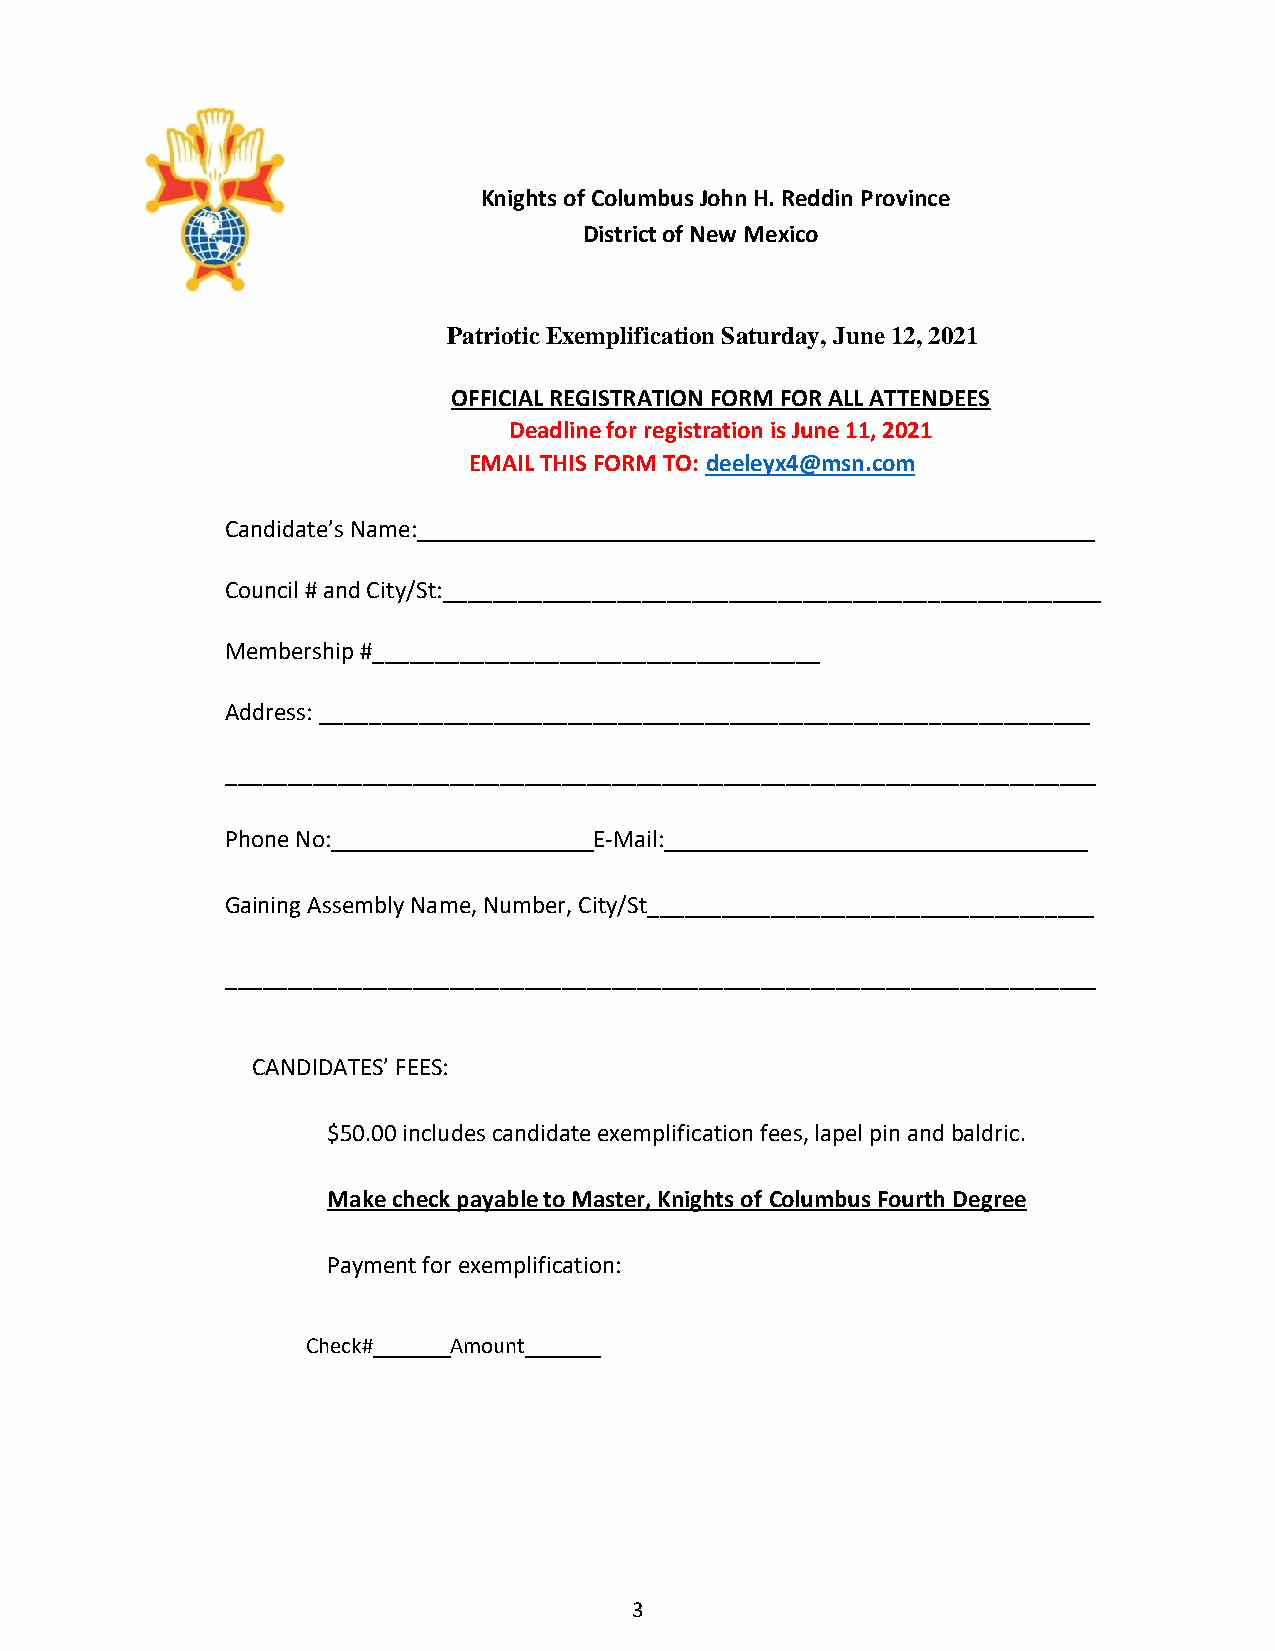
Knights of Columbus John H. Reddin Province
 District of New Mexico
 Patriotic Exemplification Saturday, June 12, 2021
 OFFICIAL REGISTRATION FORM FOR ALL ATTENDEES
 Deadline for registration is June 11, 2021
 EMAIL THIS FORM TO: deeleyx4@msn.com
 Candidate’s Name: ______________________________________________________
 Council # and City/St:_____________________________________________________
 Membership #____________________________________
 Address: ______________________________________________________________
 ______________________________________________________________________
 Phone No:_____________________E-Mail:__________________________________
 Gaining Assembly Name, Number, City/St____________________________________
 ______________________________________________________________________
 CANDIDATES’ FEES:
 $50.00 includes candidate exemplification fees, lapel pin and baldric.
 Make check payable to Master, Knights of Columbus Fourth Degree
 Payment for exemplification:
 Check#    Amount
 3